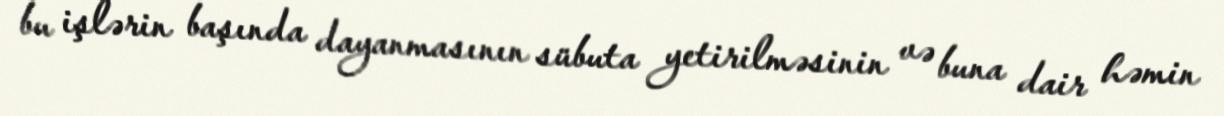
bu işlərin başında dayanmasının sübuta yetirilməsinin və buna dair həmin